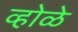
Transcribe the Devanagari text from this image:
व्होळे